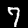
Digit: 7